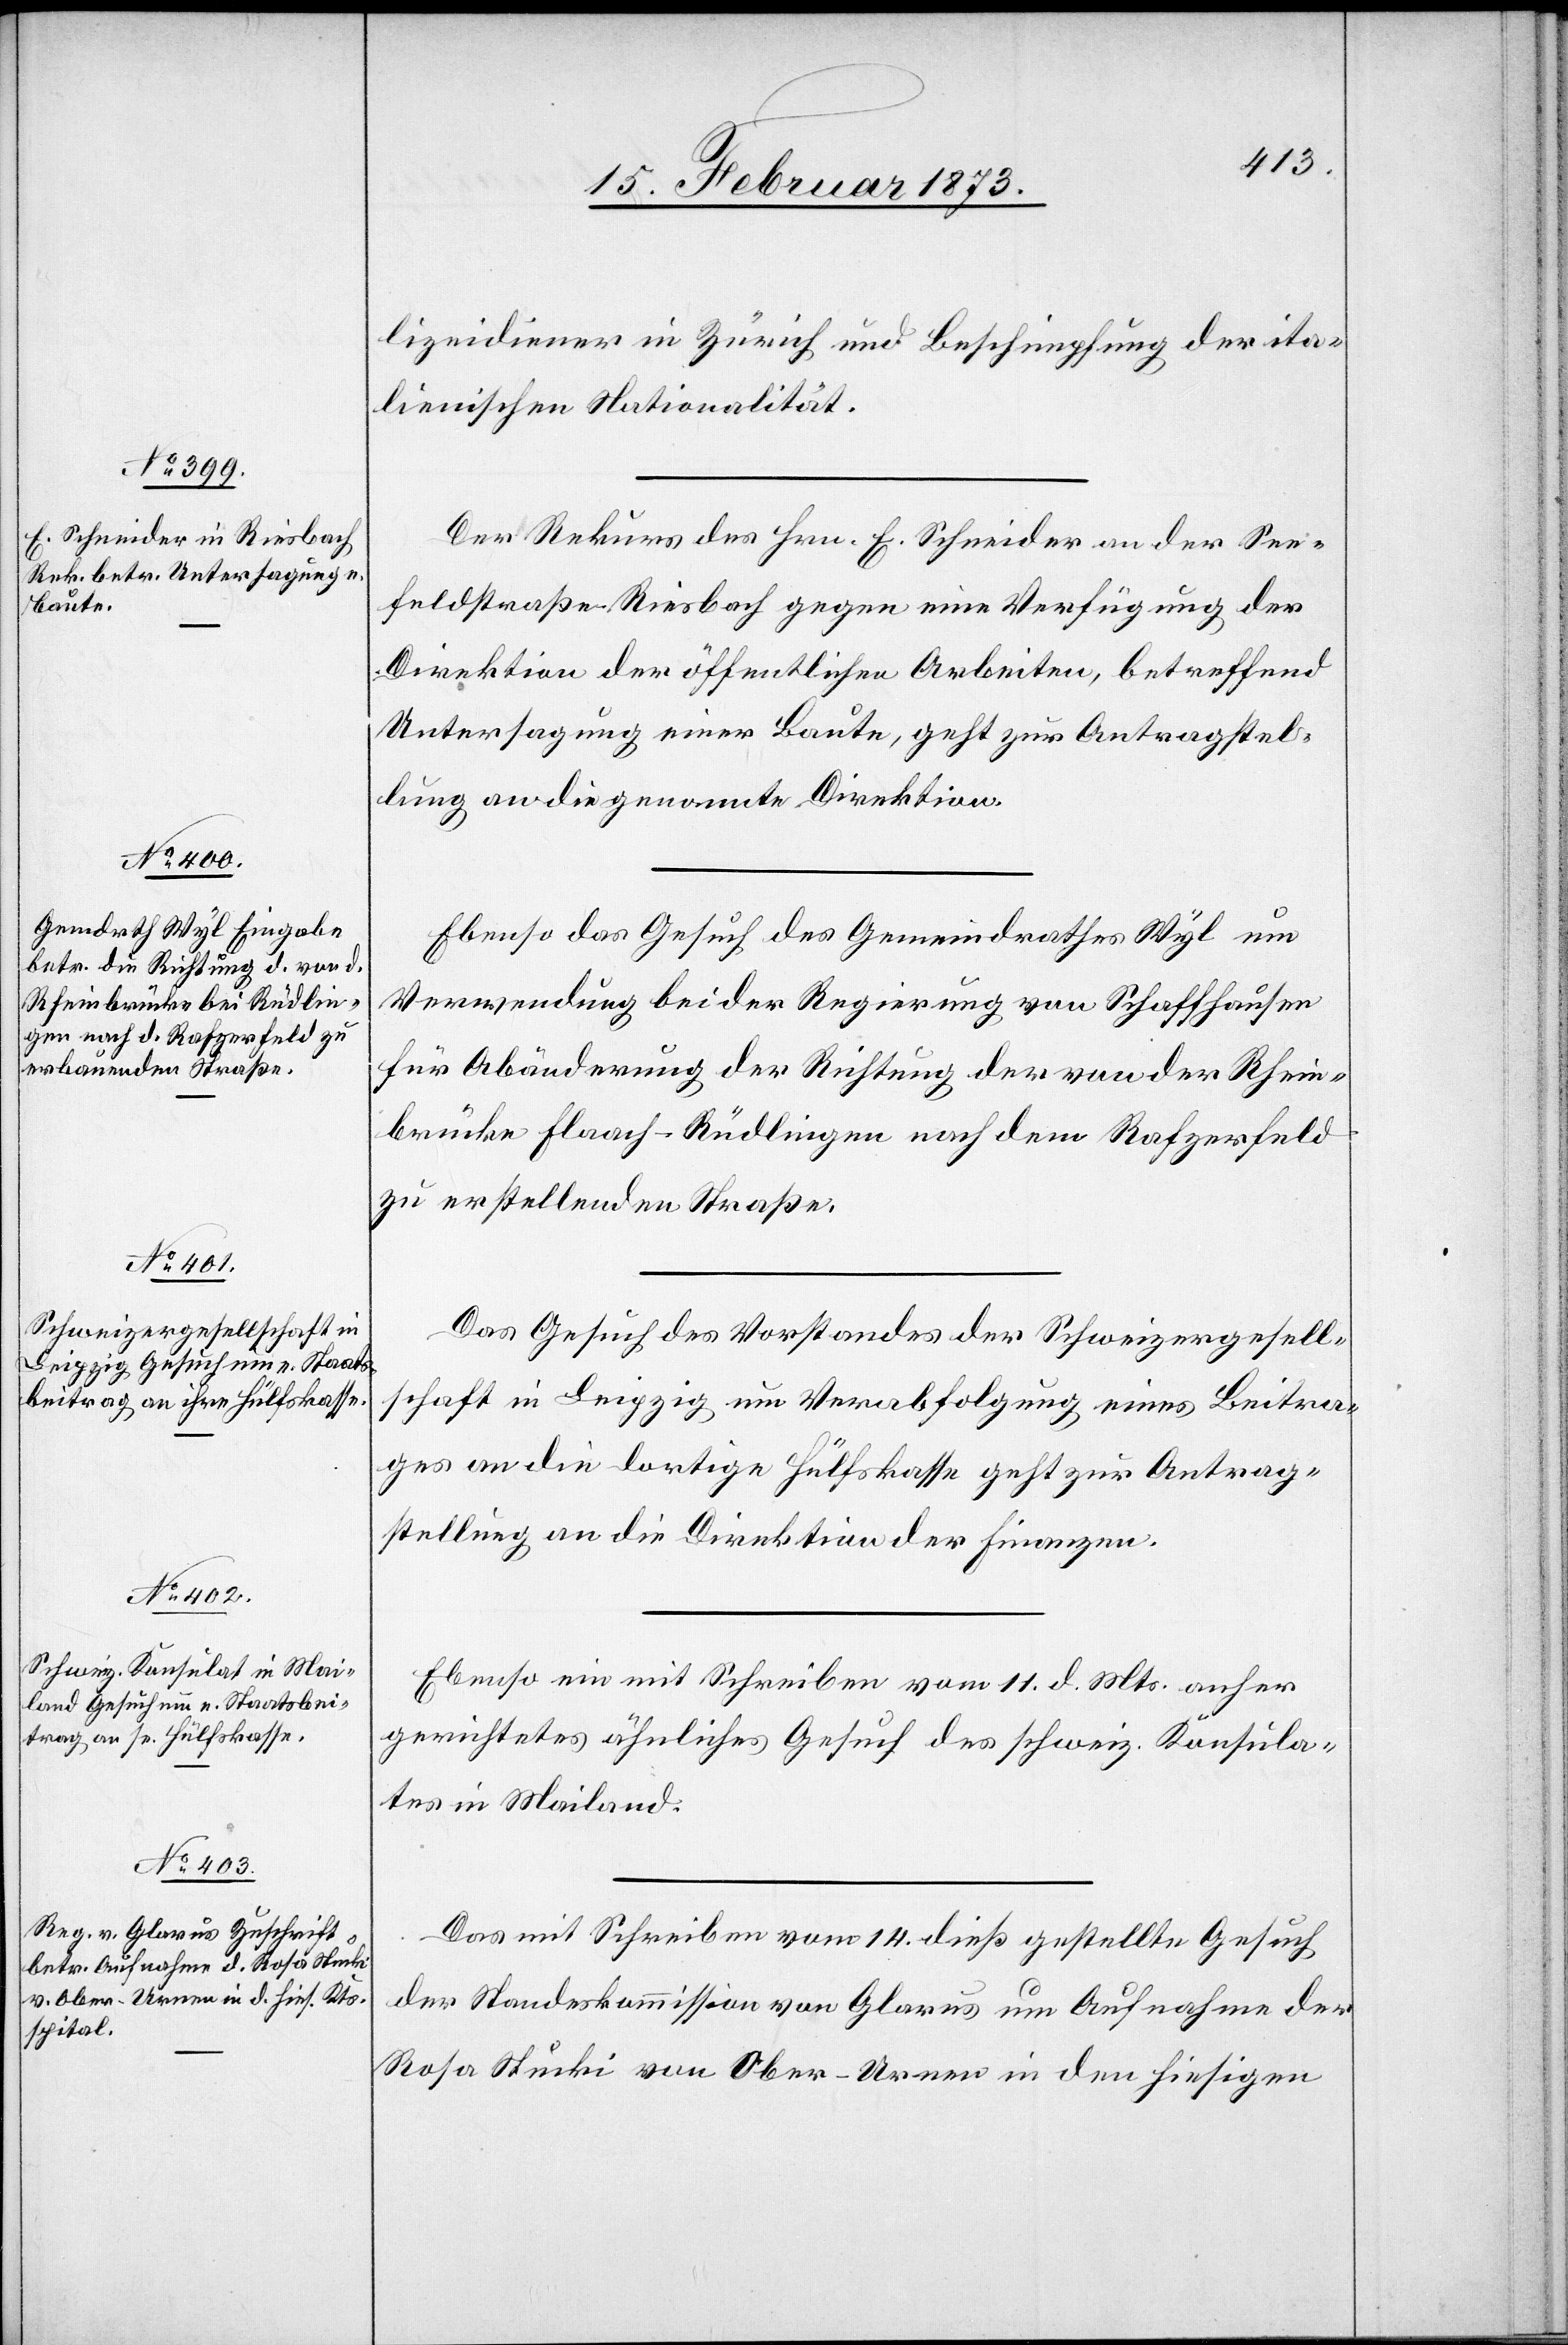
15. Februar 1873.]
lizeidiener in Zürich und Beschimpfung der ita¬
lienischen Nationalität.
Der Rekurs des Hrn. E. Schneider an der See¬
feldstraße Riesbach gegen eine Verfügung der
Direktion der öffentlichen Arbeiten, betreffend
Untersagung einer Baute, geht zur Antragstel¬
lung an die genannte Direktion.
Ebenso das Gesuch des Gemeindrathes Wyl um
Verwendung bei der Regierung von Schaffhausen
für Abänderung der Richtung der von der Rhein¬
brücke Flaach-Rüdlingen nach dem Rafzerfeld
zu erstellenden Straße.
Das Gesuch des Vorstandes der Schweizergesell¬
schaft in Leipzig um Verabfolgung eines Beitra¬
ges an die dortige Hülfskasse geht zur Antrag¬
stellung an die Direktion der Finanzen.
Ebenso ein mit Schreiben vom 11. d. Mts. anher
gerichtetes ähnliches Gesuch des schweiz. Konsula¬
tes in Mailand.
Das mit Schreiben vom 14. dieß gestellte Gesuch
der Standeskommission von Glarus um Aufnahme der
Rosa Stucki von Ober-Urnen in den hiesigen